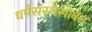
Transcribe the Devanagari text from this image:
धर्मसंस्थेसोबत